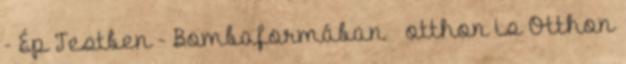
- Ép Testben - Bombaformában — otthon is Otthon